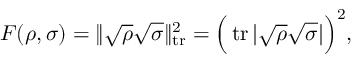
F ( \rho , \sigma ) = \lVert { \sqrt { \rho } } { \sqrt { \sigma } } \rVert _ { \operatorname { t r } } ^ { 2 } = { \Big ( } \operatorname { t r } | { \sqrt { \rho } } { \sqrt { \sigma } } | { \Big ) } ^ { 2 } ,